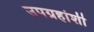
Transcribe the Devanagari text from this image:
उपग्रहांशी